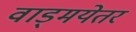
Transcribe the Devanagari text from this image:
वाड्मयेतर